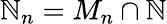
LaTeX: \mathbb{N}_{n}=M_{n}\cap\mathbb{N}